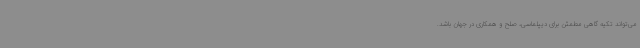
می‌تواند تکیه گاهی مطمئن برای دیپلماسی، صلح و همکاری در جهان باشد.